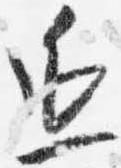
延